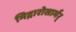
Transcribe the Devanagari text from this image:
मिद्गारोसार्मर्